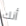
أنك